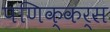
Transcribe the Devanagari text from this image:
पणिक्कर्स